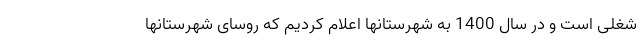
شغلی است و در سال 1400 به شهرستانها اعلام کردیم که روسای شهرستانها